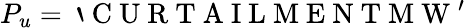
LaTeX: P_{u}=\mathrm{~`~C~U~R~T~A~I~L~M~E~N~T~M~W~'~}